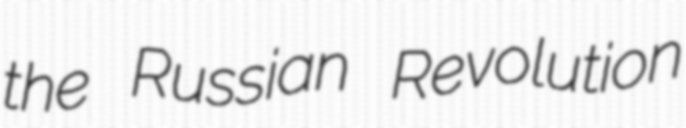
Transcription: the Russian Revolution